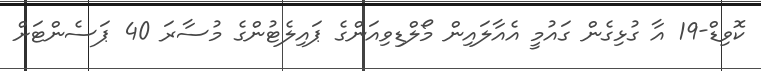
ކޮވިޑް-19 އާ ގުޅިގެން ގައުމީ އެއާލައިން މޯލްޑިވިއަންގެ ޕައިލެޓުންގެ މުސާރަ 40 ޕަސެންޓަށް